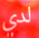
لدي